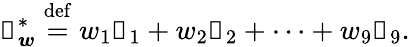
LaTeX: \boldsymbol{\mathscr{D}}_{\boldsymbol{w}}^{*}\stackrel{\mathrm{{def}}}{=}w_{1}\boldsymbol{\mathscr{D}}_{1}+w_{2}\boldsymbol{\mathscr{D}}_{2}+\cdots+w_{9}\boldsymbol{\mathscr{D}}_{9}.